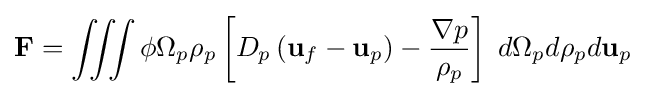
\mathbf {F} =\int \!\!\!\int \!\!\!\int \phi \Omega _{p}\rho _{p}\left[D_{p}\left(\mathbf {u} _{f}-\mathbf {u} _{p}\right)-{\frac {\nabla p}{\rho _{p}}}\right]\;d\Omega _{p}d\rho _{p}d\mathbf {u} _{p}